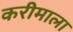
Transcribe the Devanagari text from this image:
करीमाला